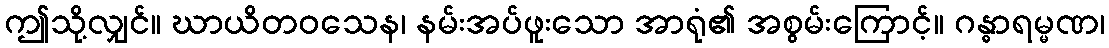
ဤသို့လျှင်။ ဃာယိတဝသေန၊ နမ်းအပ်ဖူးသော အာရုံ၏ အစွမ်းကြောင့်။ ဂန္ဓာရမ္မဏ၊